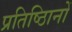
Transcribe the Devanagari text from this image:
प्रतिष्ठिानों